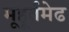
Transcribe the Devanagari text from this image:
मूहूर्तमेढ